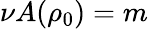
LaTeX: \nu A(\rho_{0})=m